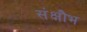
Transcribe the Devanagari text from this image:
संक्षौभ